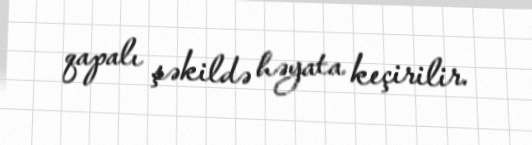
qapalı şəkildə həyata keçirilir.